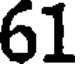
61